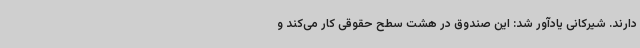
دارند. شیرکانی یادآور شد: این صندوق در هشت سطح حقوقی کار می‌کند و